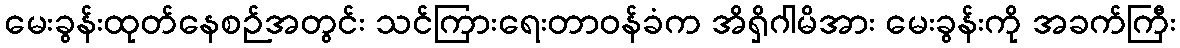
မေးခွန်းထုတ်နေစဉ်အတွင်း သင်ကြားရေးတာဝန်ခံက အိရှိဂါမိအား မေးခွန်းကို အခက်ကြီး